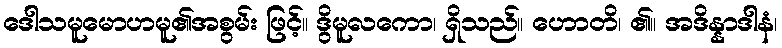
ဒေါသမူမောဟမူ၏အစွမ်း ဖြင့်။ ဒွိမူလကော၊ ရှိသည်။ ဟောတိ၊ ၏။ အဒိန္နာဒါနံ၊